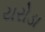
યરોડા